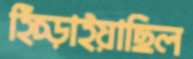
হিঁচ্‌ড়াইয়াছিল